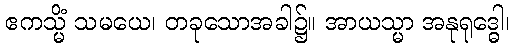
ဧကသ္မိံ သမယေ၊ တခုသောအခါ၌။ အာယသ္မာ အနုရုဒ္ဓေါ၊